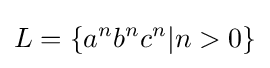
L=\{a^{n}b^{n}c^{n}|n>0\}